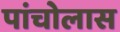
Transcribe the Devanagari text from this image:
पांचोलास